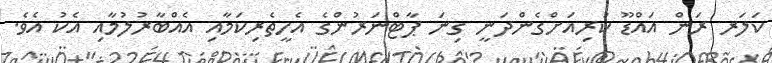
ކަލަރ ރަން އައްޑޫ ކުރިއަށްގެންދަނީ ގިނަ ޕާޓްނަރުންގެ އެހީތެރިކަމާއި އެއްބާރުލުމާއި އެކު އެވެ.